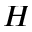
H